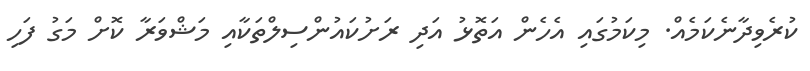
ކުރެވިދާނެކަމެއް. މިކަމުގައި އެހެން އަތޮޅު އަދި ރަށުކައުންސިލްތަކާއި މަޝްވަރާ ކޮށް މަގު ފަހި